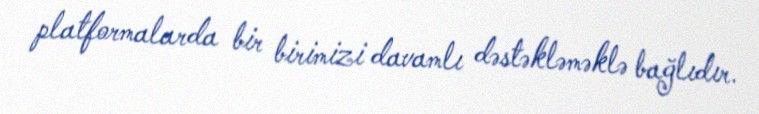
platformalarda bir birimizi davamlı dəstəkləməklə bağlıdır.